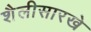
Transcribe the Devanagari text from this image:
शैलीसारखे